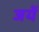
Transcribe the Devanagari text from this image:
जयें